Annual report on the Civil Veterinary Department, Burma (including the Insein Veterinary School) - 1932-1941
Year: 1932
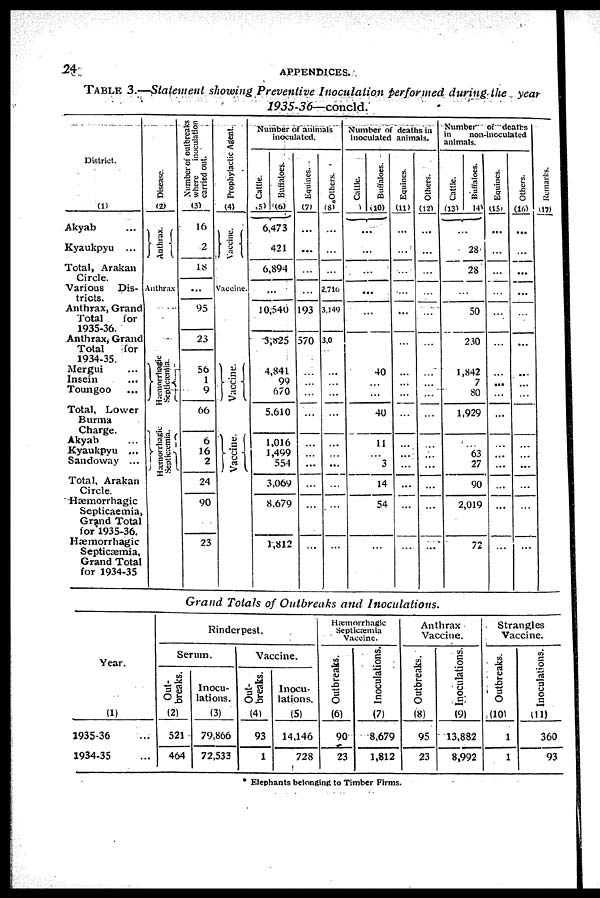
24
APPENDICES.
TABLE
3.—Statement showing Preventive
Inoculation
performed
during the
year
1935-36—concld.
District.
(1)
Akyab ...
Kyaukpyu ...
Total, Arakan
Circle.
Various Dis-
tricts.
Anthrax, Grand
Total
for
1935-36.
Anthrax, Grand
Total
for
1934-35.
Mergui ...
Insein ...
Toungoo ...
Total, Lower
Burma
Charge.
Akyab ...
Kyaukpyu ...
Sandoway ...
Total, Arakan
Circle.
Hæmorrhagic
Septicæmia,
Grand Total
for 1935-36.
Hæmorrhagic
Septicæmia,
Grand Total
for 1934-35
Disease.
(2)
Anthrax.
Anthrax
...
Hæmorrhagic
Septicæmia.
Hæmorrhagic
Septicæmia.
Number of outbreaks
where inoculation
carried out.
(3)
16
2
18
...
95
23
56
1
9
66
6
16
2
24
90
23
Prophylactic Agent.
(4)
Vaccine.
Vaccine.
Vaccine.
Vaccine.
Number of animals
inoculated.
Cattle.
(5)
Buffaloes.
(6)
6,473
421
6,894
...
10,540
3,825
4,841
99
670
5,610
1,016
1,499
554
3,069
8,679
1,812
Equines.
(7)
...
...
...
...
193
570
...
...
...
...
...
...
...
...
...
...
Others.
(8)
...
...
...
2.716
3.149
300
...
...
...
...
...
...
...
...
...
...
Number of deaths in
inoculated animals.
Cattle.
(9)
Buffaloes.
(10)
...
...
...
...
...
...
40
...
...
40
11
...
3
14
54
...
Equines.
(11)
...
...
...
...
...
...
...
...
...
...
...
...
...
...
...
...
Others.
(12)
...
...
...
...
...
...
...
...
...
...
...
...
...
...
...
...
Number of deaths
in
non-inoculated
animals.
Cattle.
(13)
Buffaloes.
14)
...
28
28
...
50
230
1,842
7
80
1,929
...
63
27
90
2,019
72
Equines.
(15)
...
...
...
...
...
...
...
...
...
...
...
...
...
...
...
...
Others.
(16)
...
...
...
...
...
...
...
...
...
...
...
...
...
...
...
...
Remarks.
(17)
Grand Totals of Outbreaks
and
Inoculations.
Year.
(1)
1935-36 ...
1934-35 ...
Rinderpest.
Serum.
Out-
breaks.
(2)
521
464
Inocu-
lations.
(3)
79,866
72,533
Vaccine.
Out-
breaks.
(4)
93
1
Inocu-
lations.
(5)
14,146
728
Hæmorrhagic
Septicæia
Vaccine.
Outbreaks.
(6)
90
23
Inoculations.
(7)
8,679
1,812
Anthrax
Vaccine.
Outbreaks.
(8)
95
23
Inoculations.
(9)
13,882
8,992
Strangles
Vaccine.
Outbreaks.
(10)
1
1
Inoculations.
(11)
360
93
* Elephants belonging to Timber Firms.